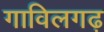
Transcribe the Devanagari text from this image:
गाविलगढ़